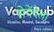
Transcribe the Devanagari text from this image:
रोदेंदेला